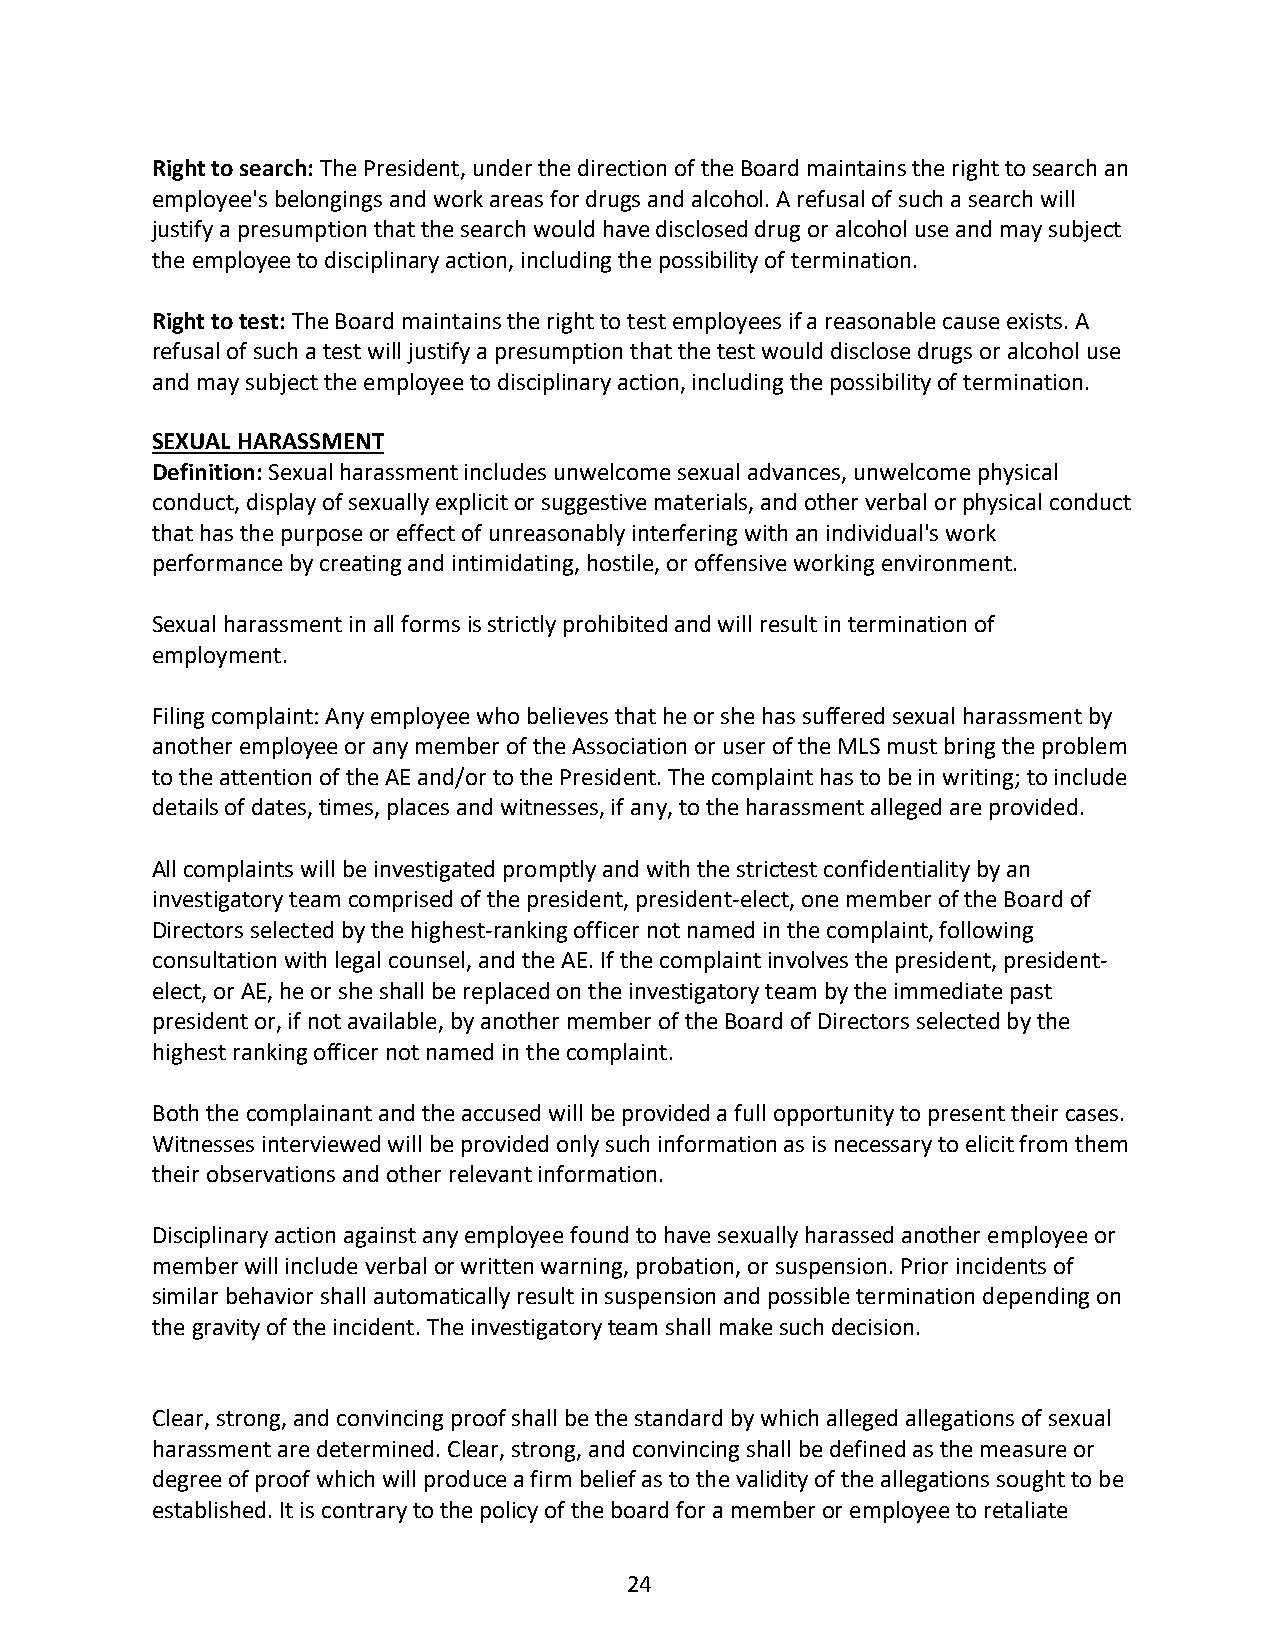
Right to search: The President, under the direction of the Board maintains the right to search an
 employee's belongings and work areas for drugs and alcohol. A refusal of such a search will
 justify a presumption that the search would have disclosed drug or alcohol use and may subject
 the employee to disciplinary action, including the possibility of termination.
 Right to test: The Board maintains the right to test employees if a reasonable cause exists. A
 refusal of such a test will justify a presumption that the test would disclose drugs or alcohol use
 and may subject the employee to disciplinary action, including the possibility of termination.
 SEXUAL HARASSMENT
 Definition: Sexual harassment includes unwelcome sexual advances, unwelcome physical
 conduct, display of sexually explicit or suggestive materials, and other verbal or physical conduct
 that has the purpose or effect of unreasonably interfering with an individual's work
 performance by creating and intimidating, hostile, or offensive working environment.
 Sexual harassment in all forms is strictly prohibited and will result in termination of
 employment.
 Filing complaint: Any employee who believes that he or she has suffered sexual harassment by
 another employee or any member of the Association or user of the MLS must bring the problem
 to the attention of the AE and/or to the President. The complaint has to be in writing; to include
 details of dates, times, places and witnesses, if any, to the harassment alleged are provided.
 All complaints will be investigated promptly and with the strictest confidentiality by an
 investigatory team comprised of the president, president-elect, one member of the Board of
 Directors selected by the highest-ranking officer not named in the complaint, following
 consultation with legal counsel, and the AE. If the complaint involves the president, president-
 elect, or AE, he or she shall be replaced on the investigatory team by the immediate past
 president or, if not available, by another member of the Board of Directors selected by the
 highest ranking officer not named in the complaint.
 Both the complainant and the accused will be provided a full opportunity to present their cases.
 Witnesses interviewed will be provided only such information as is necessary to elicit from them
 their observations and other relevant information.
 Disciplinary action against any employee found to have sexually harassed another employee or
 member will include verbal or written warning, probation, or suspension. Prior incidents of
 similar behavior shall automatically result in suspension and possible termination depending on
 the gravity of the incident. The investigatory team shall make such decision.
 Clear, strong, and convincing proof shall be the standard by which alleged allegations of sexual
 harassment are determined. Clear, strong, and convincing shall be defined as the measure or
 degree of proof which will produce a firm belief as to the validity of the allegations sought to be
 established. It is contrary to the policy of the board for a member or employee to retaliate
 24